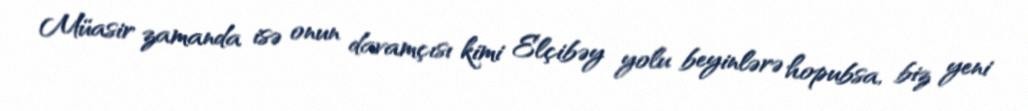
Müasir zamanda isə onun davamçısı kimi Elçibəy yolu beyinlərə hopubsa, biz yeni